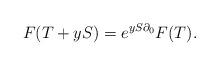
LaTeX: \begin{align*}F(T+yS)=e^{yS\partial_0}F(T).\end{align*}